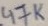
Text: 47K